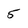
Character: 5